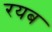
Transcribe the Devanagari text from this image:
रयब